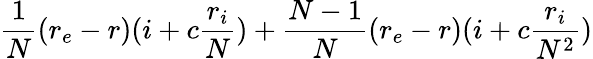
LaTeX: \frac{1}{N}(r_{e}-r)(i+c\frac{r_{i}}{N})+\frac{N-1}{N}(r_{e}-r)(i+c\frac{r_{i}}{N^{2}})